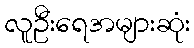
လူဦးရေအများဆုံး